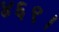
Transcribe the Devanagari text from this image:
४६९।